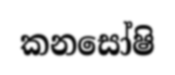
කනසෝෂි